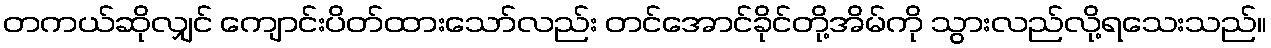
တကယ်ဆိုလျှင် ကျောင်းပိတ်ထားသော်လည်း တင်အောင်ခိုင်တို့အိမ်ကို သွားလည်လို့ရသေးသည်။